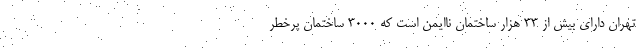
تهران دارای بیش از ۳۳ هزار ساختمان ناایمن است که ۳۰۰۰ ساختمان پرخطر